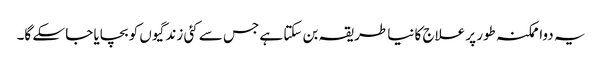
یہ دوا ممکنہ طور پر علاج کا نیا طریقہ بن سکتا ہے جس سے کئی زندگیوں کو بچایا جا سکے گا۔